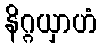
နိဂ္ဂယှာဟံ